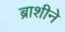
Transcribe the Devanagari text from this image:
ब्राशीने